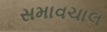
સમાવચાલ